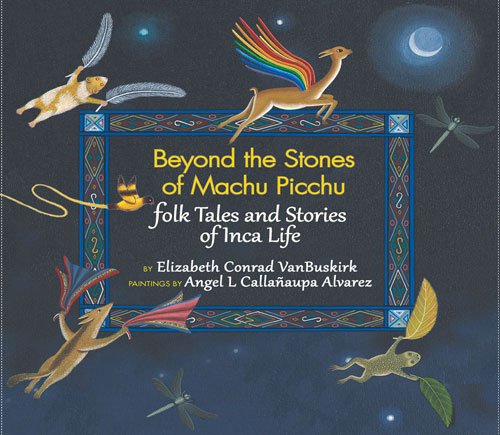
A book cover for Beyond the Stones of Machu Picchu: Folk Tales and Stories of Inca Life; Elizabeth Conrad VanBuskirk; History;